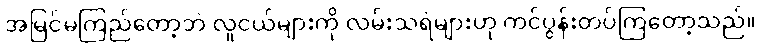
အမြင်မကြည်တော့ဘဲ လူငယ်များကို လမ်းသရဲများဟု ကင်ပွန်းတပ်ကြတော့သည်။